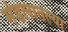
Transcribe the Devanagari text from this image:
मंडलातल्या